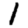
Digit: 1